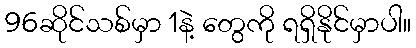
96ဆိုင်သစ်မှာ 1နဲ့ တွေကို ရရှိနိုင်မှာပါ။